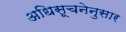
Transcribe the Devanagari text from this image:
अधिसूचनेनुसार